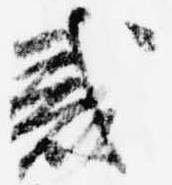
惑